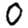
Digit: 0